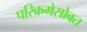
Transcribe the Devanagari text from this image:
परिक्रमेसोबत